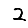
Digit: 2